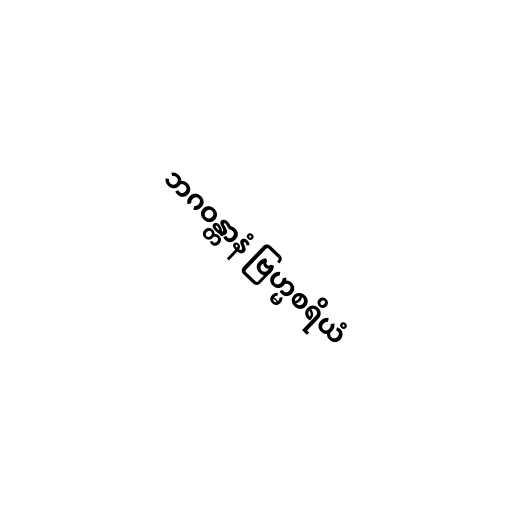
ဘဂဝန္တာနံ ဗြဟ္မစရိယံ